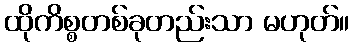
ထိုကိစ္စတစ်ခုတည်းသာ မဟုတ်။